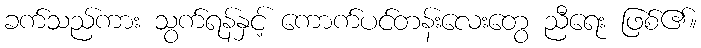
ခက်သည်ကား သွက်ရန်နှင့် ကောက်ပင်တန်းလေးတွေ ညီရေး ဖြစ်၏။